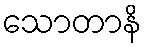
သောတာနိ